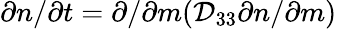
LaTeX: \partial n/\partial t=\partial/\partial m(\mathcal{D}_{33}\partial n/\partial m)